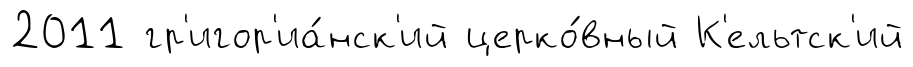
2011 гр'игор'иа́нск'ий церко́вный К'ельтск'ий